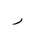
Letter: _ra